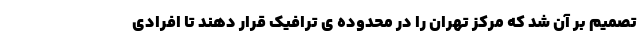
تصمیم بر آن شد که مرکز تهران را در محدوده ی ترافیک قرار دهند تا افرادی